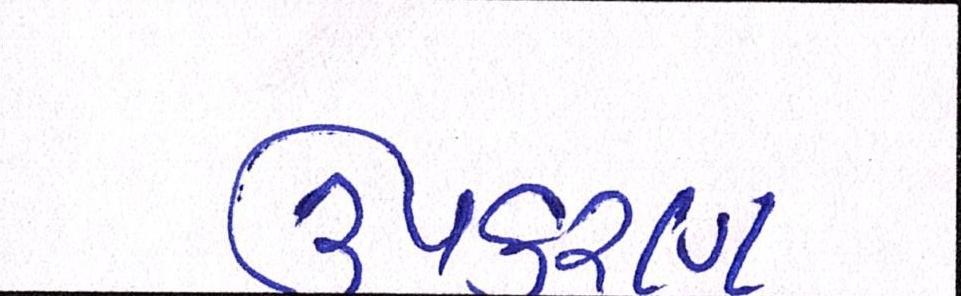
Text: ઉપકરણ